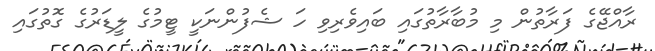
ރާއްޖޭގެ ފަރާތުން މި މުބާރާތުގައި ބައިވެރިވި ހަ ޝެފުންނަކީ ޓީމުގެ ލީޑަރުގެ ގޮތުގައި